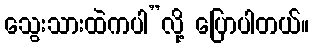
သွေးသားထဲကပါ”လို့ ပြောပါတယ်။